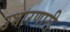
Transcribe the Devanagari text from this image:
उभारणारी